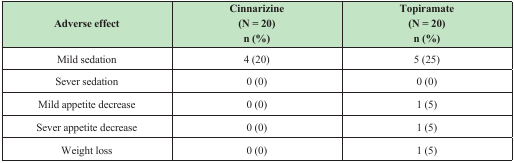
| Adverse effect | Cinnarizine(N = 20)n(%) | Topiramate(N = 20)n(%) |
 | --- | --- | --- |
 | Mild sedation | 4 (20) | 5 (25) |
 | Sever sedation | 0 (0) | 0 (0) |
 | Mild appetite decrease | 0 (0) | 1 (5) |
 | Sever appetite decrease | 0 (0) | 1 (5) |
 | Weight loss | 0 (0) | 1 (5) |